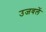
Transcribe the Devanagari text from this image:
उजवलें